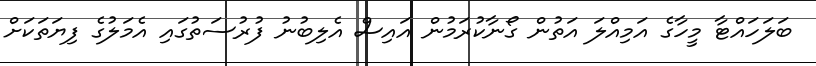
ބަލަހައްޓާ މީހާގެ އަމިއްލަ އަތުން ގޯނާކުރަމުން އައިސް އެލިބުނު ފުރުސަތުގައި އެމަލުގެ ފިޔަތަކަށް